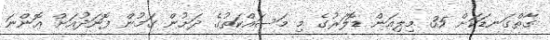
ގާތްގަނޑަކަށް 35 މިލިއަން ޑޮލަރުގެ މި މަސައްކަތުގެ ދަށުން ގަމުން ފޮނަދުއަށް އޮންނަ